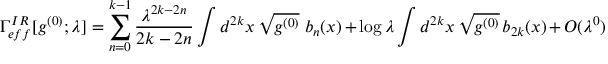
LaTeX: \Gamma _ { e f f } ^ { I R } [ g ^ { ( 0 ) } ; \lambda ] = \sum _ { n = 0 } ^ { k - 1 } { \frac { \lambda ^ { 2 k - 2 n } } { 2 k - 2 n } } \int d ^ { 2 k } x \, \sqrt { g ^ { ( 0 ) } } \ b _ { n } ( x ) + \log \lambda \int d ^ { 2 k } x \, \sqrt { g ^ { ( 0 ) } } \, b _ { 2 k } ( x ) + { \cal O } ( \lambda ^ { 0 } )